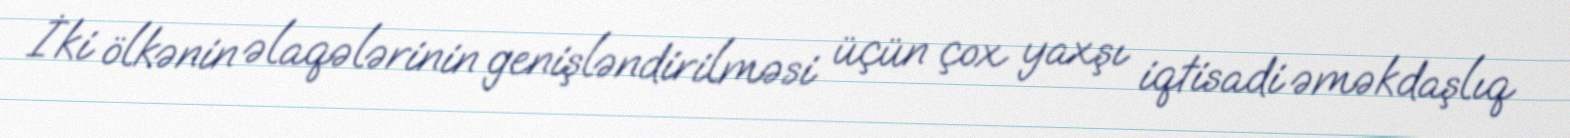
İki ölkənin əlaqələrinin genişləndirilməsi üçün çox yaxşı iqtisadi əməkdaşlıq